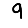
Digit: 9